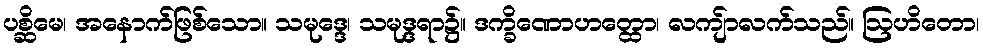
ပစ္ဆိမေ၊ အနောက်ဖြစ်သော။ သမုဒ္ဒေ၊ သမုဒ္ဒရာ၌။ ဒက္ခိဏောဟတ္ထော၊ လကျ်ာလက်သည်။ ဩဟိတော၊